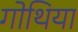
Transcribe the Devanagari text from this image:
गोथिया